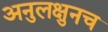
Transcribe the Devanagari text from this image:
अनुलक्षुनच